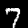
Digit: 7